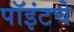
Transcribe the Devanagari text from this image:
पॉइंटचे